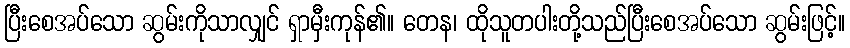
ပြီးစေအပ်သော ဆွမ်းကိုသာလျှင် ရှာမှီးကုန်၏။ တေန၊ ထိုသူတပါးတို့သည်ပြီးစေအပ်သော ဆွမ်းဖြင့်။